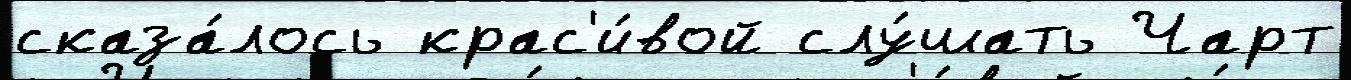
сказа́лось крас'и́вой слу́шать Чарт